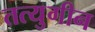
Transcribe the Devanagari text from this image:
तत्युगीन